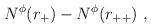
LaTeX: \begin{align*}N^{\phi}(r_{+}) - N^{\phi}(r_{++}) \ ,\end{align*}